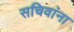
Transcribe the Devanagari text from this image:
सचिवांना